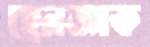
হেনজাক